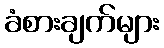
ခံစားချက်များ